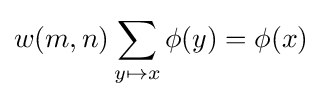
w(m,n)\sum _{y\mapsto x}\phi (y)=\phi (x)